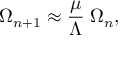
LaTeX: \Omega _ { n + 1 } \approx { \frac { \mu } { \Lambda } } \; \Omega _ { n } ,